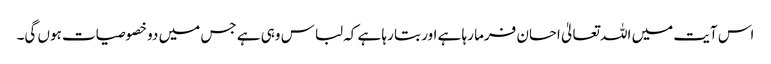
اس آیت میں اللہ تعالیٰ احسان فرما رہا ہے اور بتا رہا ہے کہ لباس وہی ہے جس میں دو خصوصیات ہوں گی۔